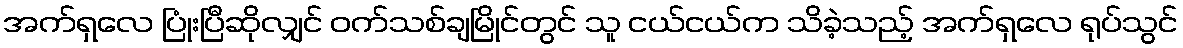
အက်ရှလေ ပြုံးပြီဆိုလျှင် ဝက်သစ်ချမြိုင်တွင် သူ ငယ်ငယ်က သိခဲ့သည့် အက်ရှလေ ရုပ်သွင်